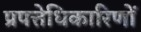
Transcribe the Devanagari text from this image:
प्रपत्तेधिकारिणों